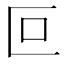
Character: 叵